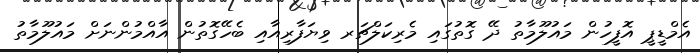
އެމްޑީޕީ އޮފީހުން މައުލޫމާތު ދޭ ގޮތުގައި މެރިކަލްޗަރ ވިޔަފާރިއާއި ބެހޭގޮތުން އާއްމުންނަށް މައުލޫމާތު